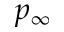
p _ { \infty }